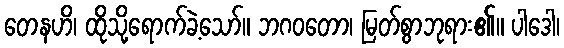
တေနဟိ၊ ထိုသို့ရောက်ခဲ့သော်။ ဘဂဝတော၊ မြတ်စွာဘုရား၏။ ပါဒေါ၊